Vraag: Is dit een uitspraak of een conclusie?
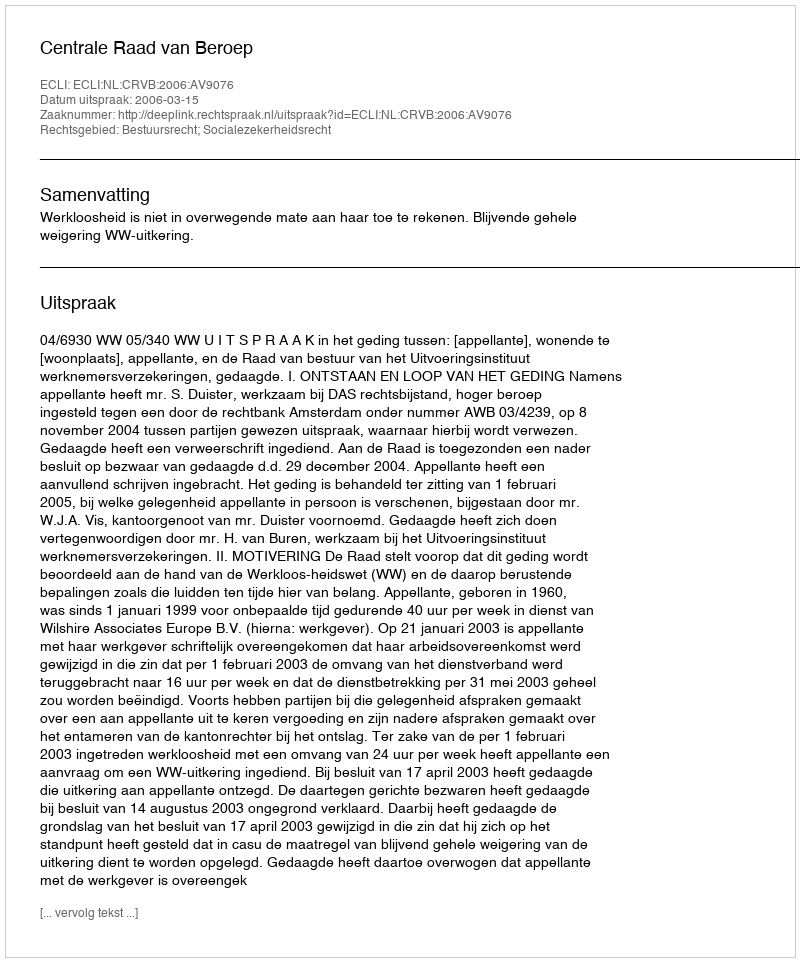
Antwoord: Uitspraak